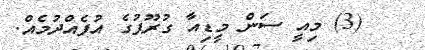
(3) މިއީ ސަން މީޑިއާ ގުރޫޕުގެ އުފެއްދުމެއް.